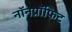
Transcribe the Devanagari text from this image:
नॉनप्रॉफिट